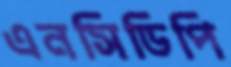
এনসিডিপি